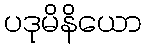
ပဒုမိနိယော